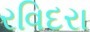
રવિદરા